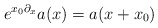
\begin{align*} e^{x_0\partial_x}a(x)=a(x+x_0)\end{align*}